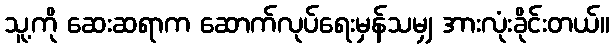
သူ့ကို ဆေးဆရာက ဆောက်လုပ်ရေးမှန်သမျှ အားလုံးခိုင်းတယ်။